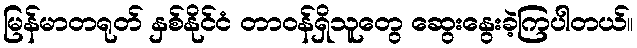
မြန်မာတရုတ် နှစ်နိုင်ငံ တာဝန်ရှိသူတွေ ဆွေးနွေးခဲ့ကြပါတယ်။